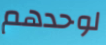
لوحدهم